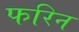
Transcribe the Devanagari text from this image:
फरिन